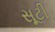
સૂટી